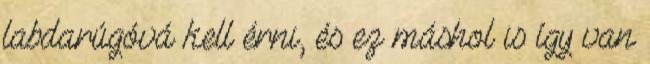
labdarúgóvá kell érni, és ez máshol is így van